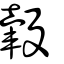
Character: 䡰